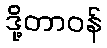
ဒို့တာဝန်